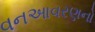
વનઆવરણનો